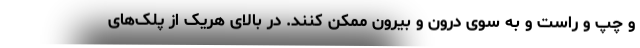
و چپ و راست و به سوی درون و بیرون ممکن کنند. در بالای هریک از پلک‌های